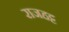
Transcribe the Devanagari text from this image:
राजहट्ट